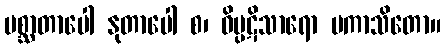
ပစ္ဆာတာပေါ နုတာပေါ စ၊ ဝိပ္ပဋိသာရော ပကာသိတော။